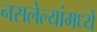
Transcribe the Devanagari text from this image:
नसलेल्यांमध्ये